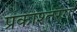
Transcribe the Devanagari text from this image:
प्रकाश्तरंगों